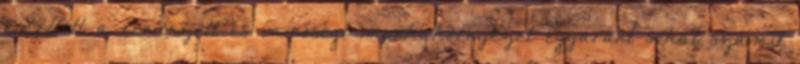
emellett a rendezett és minőségi munkakörnyezet egyaránt sokat számít